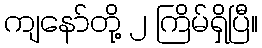
ကျနော်တို့ ၂ ကြိမ်ရှိပြီ။